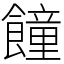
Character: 䭚